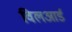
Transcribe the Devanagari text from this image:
विलआर्ड